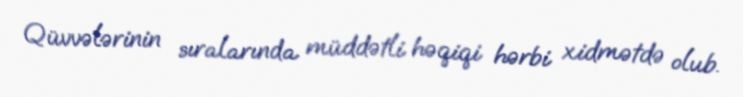
Qüvvələrinin sıralarında müddətli həqiqi hərbi xidmətdə olub.